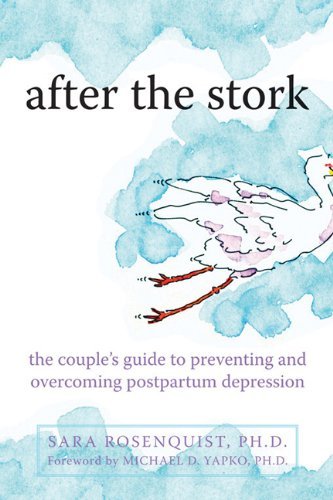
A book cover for After the Stork: The Couple's Guide to Preventing and Overcoming Postpartum Depression [Paperback] [2010] (Author) Sara Rosenquist PhD, Michael Yapko PhD; Health, Fitness & Dieting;